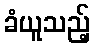
ခံယူသည့်